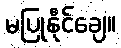
မပြုနိုင်ချေ။